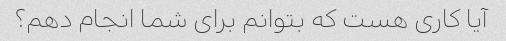
آیا کاری هست که بتوانم برای شما انجام دهم؟